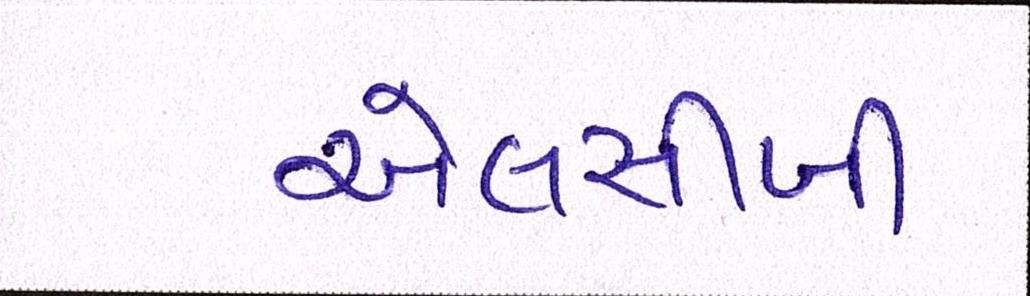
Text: એલસીબી